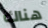
هناك